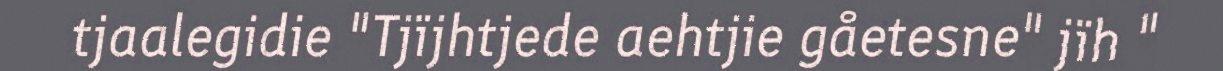
tjaalegidie "Tjïjhtjede aehtjie gåetesne" jïh "